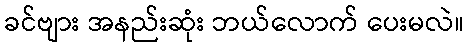
ခင်ဗျား အနည်းဆုံး ဘယ်လောက် ပေးမလဲ။